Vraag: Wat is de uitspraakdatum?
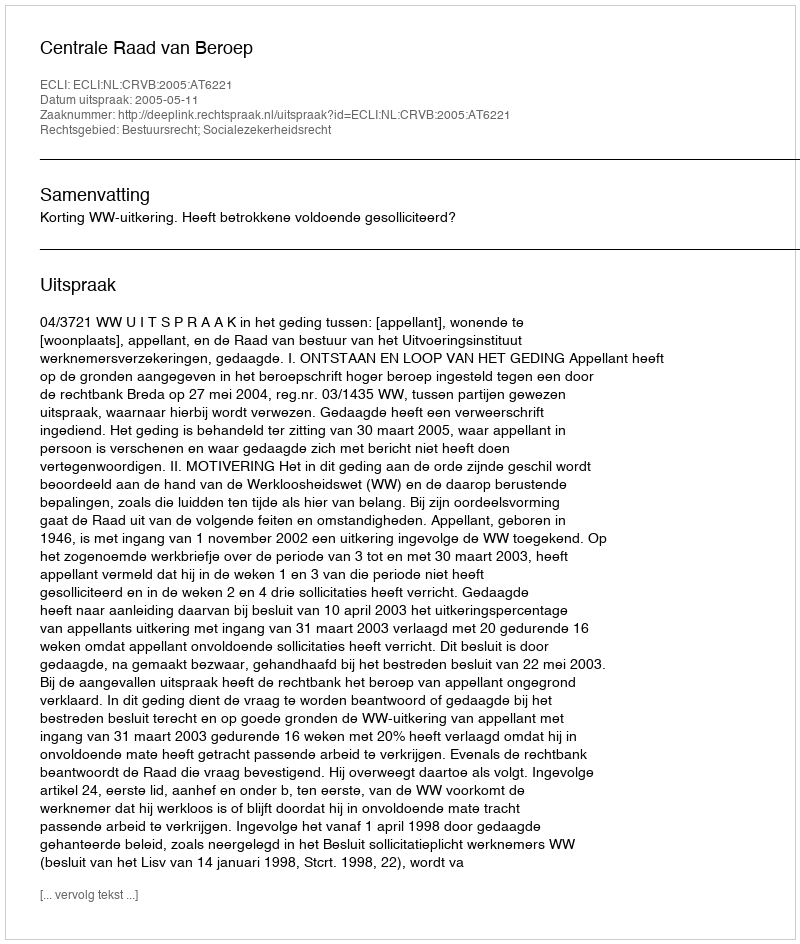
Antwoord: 2005-05-11